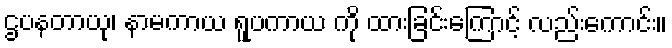
ဌပနတာယု၊ နာမကာယ ရူပကာယ ကို ထားခြင်းကြောင့် လည်းကောင်း။